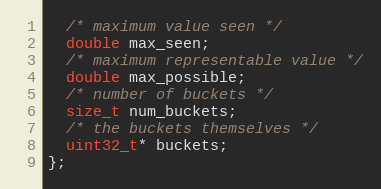
Language: C++
  /* maximum value seen */
  double max_seen;
  /* maximum representable value */
  double max_possible;
  /* number of buckets */
  size_t num_buckets;
  /* the buckets themselves */
  uint32_t* buckets;
};